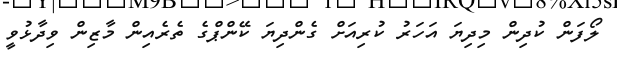
ލޯފަން ކުދިން މިދިޔަ އަހަރު ކުރިއަށް ގެންދިޔަ ކޭންޕްގެ ތެރެއިން މާޒިން ވިދާޅުވީ